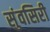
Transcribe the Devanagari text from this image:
सुंवसिरी